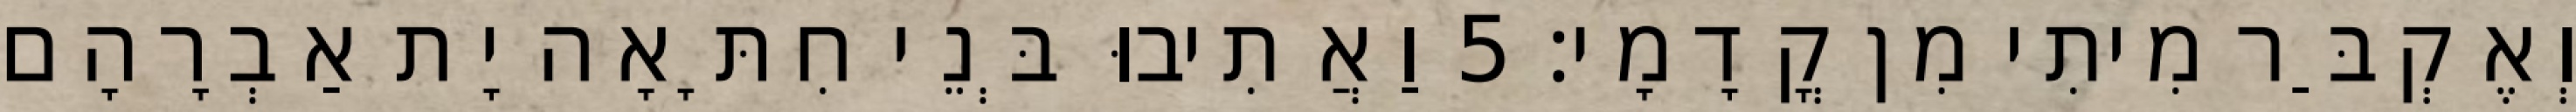
וְאֶקְבַּר מִיתִי מִן קֳדָמָי׃ 5 וַאֲתִיבוּ בְּנֵי חִתָּאָה יָת אַבְרָהָם